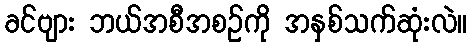
ခင်ဗျား ဘယ်အစီအစဉ်ကို အနှစ်သက်ဆုံးလဲ။